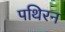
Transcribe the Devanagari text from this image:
पथिरन